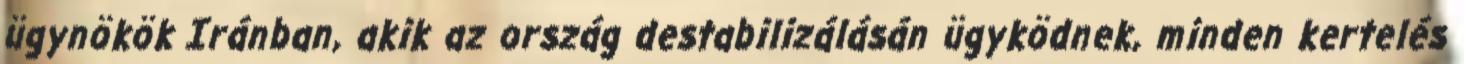
ügynökök Iránban, akik az ország destabilizálásán ügyködnek, minden kertelés